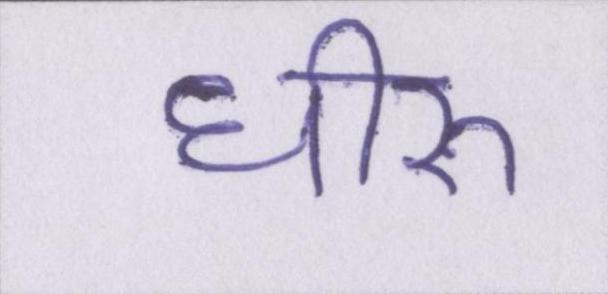
धीरू